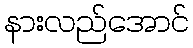
နားလည်အောင်